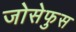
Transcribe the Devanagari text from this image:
जोसेफुस